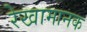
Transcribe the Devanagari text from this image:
रेखामानक